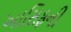
આસિફની